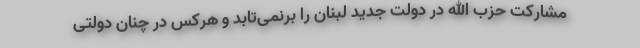
مشارکت حزب الله در دولت جدید لبنان را برنمی‌تابد و هرکس در چنان دولتی